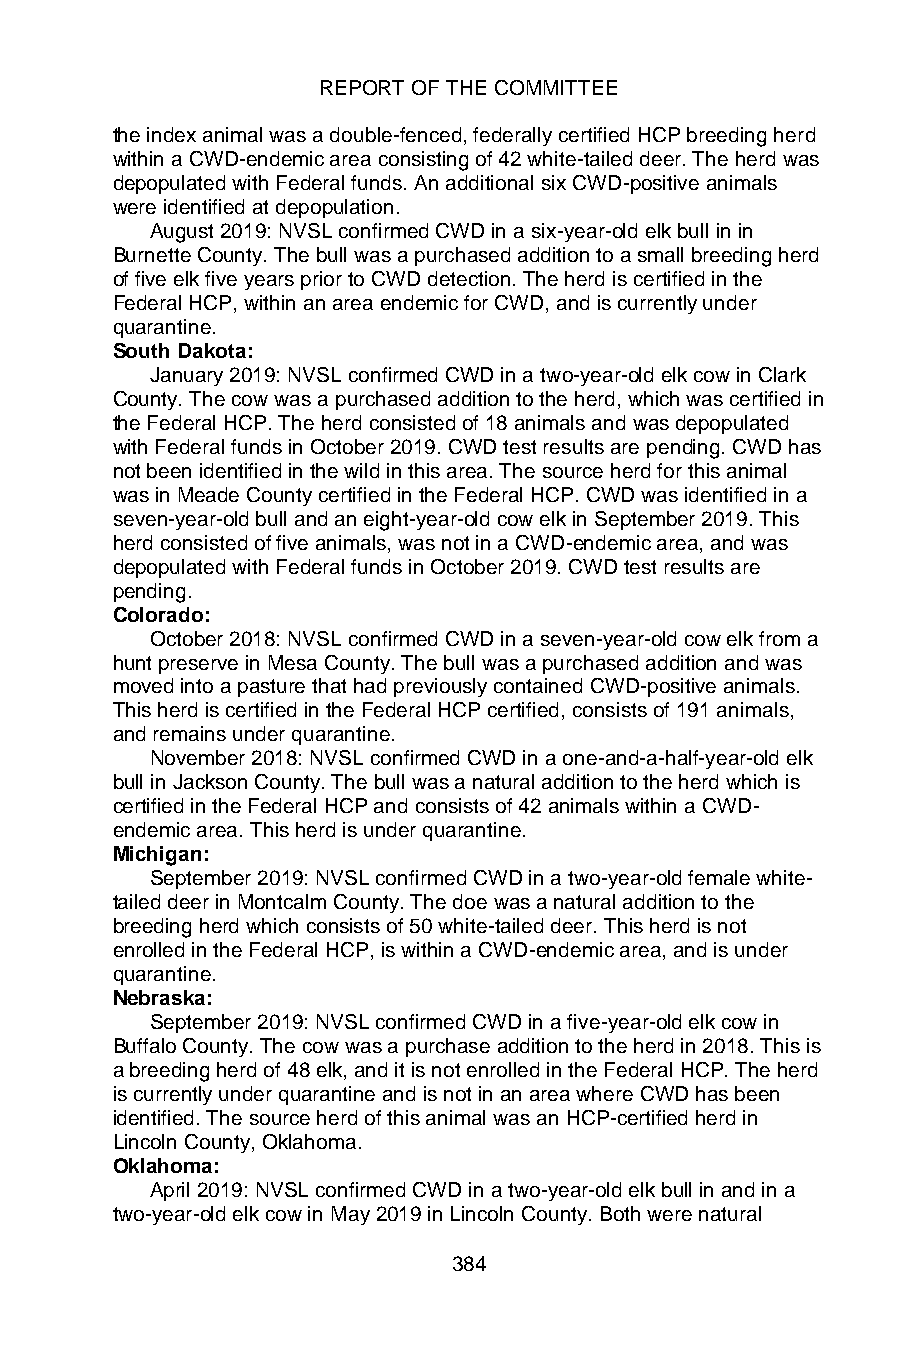
REPORT OF THE COMMITTEE
 the index animal was a double-fenced, federally certified HCP breeding herd
 within a CWD-endemic area consisting of 42 white-tailed deer. The herd was
 depopulated with Federal funds. An additional six CWD-positive animals
 were identified at depopulation.
 August 2019: NVSL confirmed CWD in a six-year-old elk bull in in
 Burnette County. The bull was a purchased addition to a small breeding herd
 of five elk five years prior to CWD detection. The herd is certified in the
 Federal HCP, within an area endemic for CWD, and is currently under
 quarantine.
 South Dakota:
 January 2019: NVSL confirmed CWD in a two-year-old elk cow in Clark
 County. The cow was a purchased addition to the herd, which was certified in
 the Federal HCP. The herd consisted of 18 animals and was depopulated
 with Federal funds in October 2019. CWD test results are pending. CWD has
 not been identified in the wild in this area. The source herd for this animal
 was in Meade County certified in the Federal HCP. CWD was identified in a
 seven-year-old bull and an eight-year-old cow elk in September 2019. This
 herd consisted of five animals, was not in a CWD-endemic area, and was
 depopulated with Federal funds in October 2019. CWD test results are
 pending.
 Colorado:
 October 2018: NVSL confirmed CWD in a seven-year-old cow elk from a
 hunt preserve in Mesa County. The bull was a purchased addition and was
 moved into a pasture that had previously contained CWD-positive animals.
 This herd is certified in the Federal HCP certified, consists of 191 animals,
 and remains under quarantine.
 November 2018: NVSL confirmed CWD in a one-and-a-half-year-old elk
 bull in Jackson County. The bull was a natural addition to the herd which is
 certified in the Federal HCP and consists of 42 animals within a CWD-
 endemic area. This herd is under quarantine.
 Michigan:
 September 2019: NVSL confirmed CWD in a two-year-old female white-
 tailed deer in Montcalm County. The doe was a natural addition to the
 breeding herd which consists of 50 white-tailed deer. This herd is not
 enrolled in the Federal HCP, is within a CWD-endemic area, and is under
 quarantine.
 Nebraska:
 September 2019: NVSL confirmed CWD in a five-year-old elk cow in
 Buffalo County. The cow was a purchase addition to the herd in 2018. This is
 a breeding herd of 48 elk, and it is not enrolled in the Federal HCP. The herd
 is currently under quarantine and is not in an area where CWD has been
 identified. The source herd of this animal was an HCP-certified herd in
 Lincoln County, Oklahoma.
 Oklahoma:
 April 2019: NVSL confirmed CWD in a two-year-old elk bull in and in a
 two-year-old elk cow in May 2019 in Lincoln County. Both were natural
 384